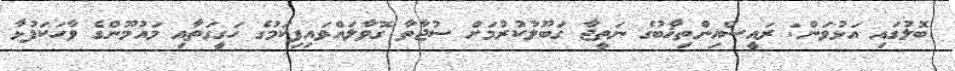
ބޮލުގައި އަޅުވަން: ރައީސްއިންތިޚާބުގެ ނަތީޖާ ގަބޫލުކުރުމަށް ސުޖާތާ ގޮވާލައްވައިފިކަމުގެ ހަގީގަތާއި މައުމޫންގެ ވާހަކަފުޅާ